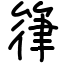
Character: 箻